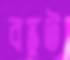
বস্তুট